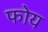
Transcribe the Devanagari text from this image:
फोय